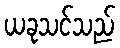
ယခုသင်သည်